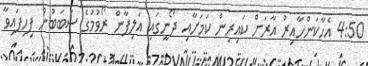
4:50 އެހާކަންހާއިރު އާރަށް ކައިރިން ކަމަށާއި ދޯނީގައި އަލިފާން ރޯވުމުގެ ސަބަބުން ފިހިފައިވާ